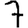
Digit: 7